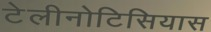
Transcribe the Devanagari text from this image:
टेलीनोटिसियास